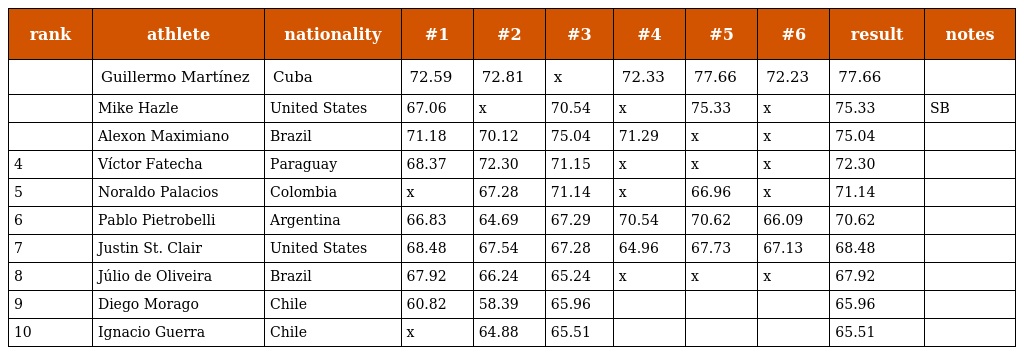
| rank | athlete | nationality | #1 | #2 | #3 | #4 | #5 | #6 | result | notes |
 | --- | --- | --- | --- | --- | --- | --- | --- | --- | --- | --- |
 |  | Guillermo Martínez | Cuba | 72.59 | 72.81 | x | 72.33 | 77.66 | 72.23 | 77.66 |  |
 |  | Mike Hazle | United States | 67.06 | x | 70.54 | x | 75.33 | x | 75.33 | SB |
 |  | Alexon Maximiano | Brazil | 71.18 | 70.12 | 75.04 | 71.29 | x | x | 75.04 |  |
 | 4 | Víctor Fatecha | Paraguay | 68.37 | 72.30 | 71.15 | x | x | x | 72.30 |  |
 | 5 | Noraldo Palacios | Colombia | x | 67.28 | 71.14 | x | 66.96 | x | 71.14 |  |
 | 6 | Pablo Pietrobelli | Argentina | 66.83 | 64.69 | 67.29 | 70.54 | 70.62 | 66.09 | 70.62 |  |
 | 7 | Justin St. Clair | United States | 68.48 | 67.54 | 67.28 | 64.96 | 67.73 | 67.13 | 68.48 |  |
 | 8 | Júlio de Oliveira | Brazil | 67.92 | 66.24 | 65.24 | x | x | x | 67.92 |  |
 | 9 | Diego Morago | Chile | 60.82 | 58.39 | 65.96 |  |  |  | 65.96 |  |
 | 10 | Ignacio Guerra | Chile | x | 64.88 | 65.51 |  |  |  | 65.51 |  |